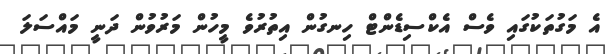
އެ މަގުތަކުގައި ވެސް އެކްސިޑެންޓް ހިނގުން އިތުރުވެ މީހުން މަރުވުން ދަނީ މައްސަލަ